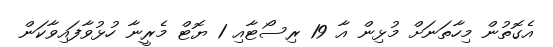
އެގޮތުން މިހާތަނަށް މުޅިން އާ 19 ރިސޯޓާއި 1 ޔޮޓް މެރީނާ ހުޅުވާފައިވާކަން